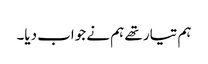
ہم تیار تھے ہم نے جواب دیا۔